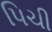
પિચી